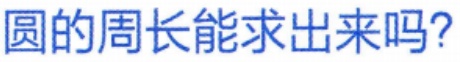
圆的周长能求出来吗？